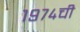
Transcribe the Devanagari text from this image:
१९७४ची